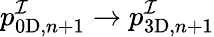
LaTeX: p_{\mathrm{0D},n+1}^{\mathcal{I}}\to p_{\mathrm{3D},n+1}^{\mathcal{I}}